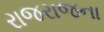
રાજરાજના